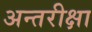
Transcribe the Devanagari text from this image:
अन्तरीक्षा